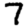
Digit: 7